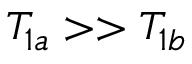
T _ { 1 a } > > T _ { 1 b }